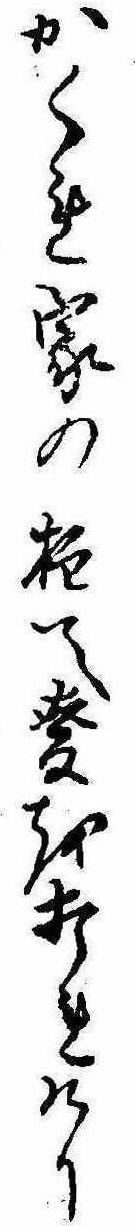
かくれ家の柱て麦を打れけり